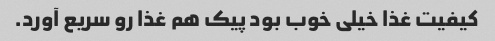
کیفیت غذا خیلی خوب بود پیک هم غذا رو سریع آورد.